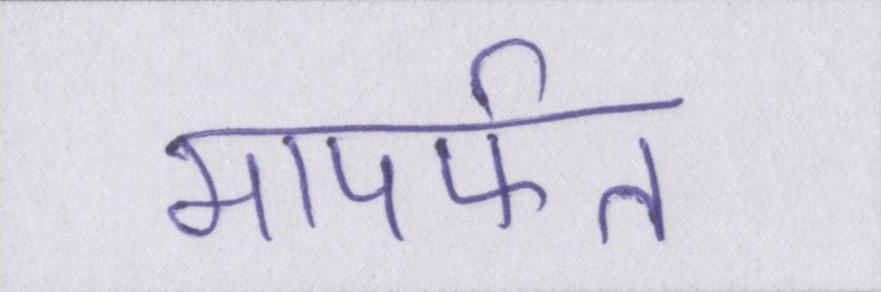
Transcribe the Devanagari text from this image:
मापर्फत